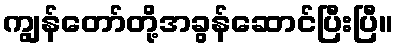
ကျွန်တော်တို့အခွန်ဆောင်ပြီးပြီ။